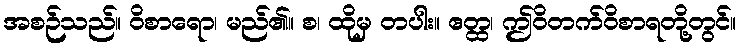
အစဉ်သည်။ ဝိစာရော၊ မည်၏။ စ၊ ထိုမှ တပါး။ ဧတ္ထ၊ ဤဝိတက်ဝိစာရတို့တွင်။